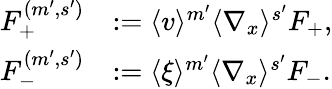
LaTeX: \begin{array}{rl}{F_{+}^{(m^{\prime},s^{\prime})}}&{:=\langle v\rangle^{m^{\prime}}\langle\nabla_{x}\rangle^{s^{\prime}}F_{+},}\\ {F_{-}^{(m^{\prime},s^{\prime})}}&{:=\langle\xi\rangle^{m^{\prime}}\langle\nabla_{x}\rangle^{s^{\prime}}F_{-}.}\end{array}